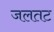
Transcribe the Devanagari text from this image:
जलतट